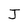
Character: J